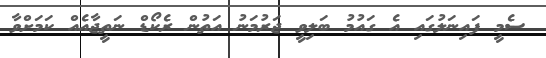
ސެމީ ފައިނަލުގައި އެ ގައުމު ބަލިވީ ޖަރުމަނު އަތުން ރެކޯޑް ނަތީޖާއެއް ކަމަށްވާ